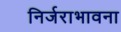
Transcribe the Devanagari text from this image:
निर्जराभावना